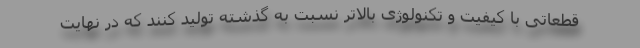
قطعاتی با کیفیت و تکنولوژی بالاتر نسبت به گذشته تولید کنند که در نهایت